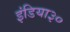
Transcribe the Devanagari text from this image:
इंडिया३०